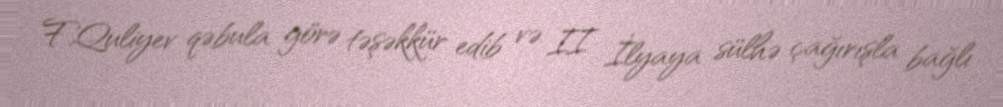
F.Quliyev qəbula görə təşəkkür edib və II İlyaya sülhə çağırışla bağlı